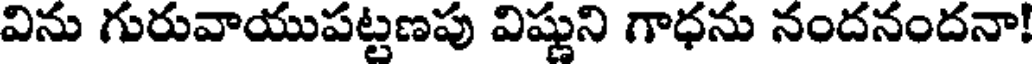
విను గురువాయుపట్టణపు విష్ణుని గాధను నందనందనా!